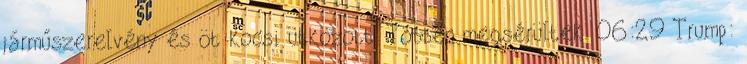
járműszerelvény és öt kocsi ütközött. Többen megsérültek. 06:29 Trump: